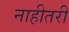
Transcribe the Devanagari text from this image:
नाहीतरी